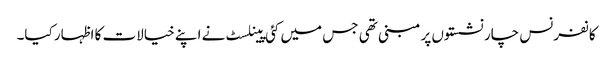
کانفرنس چار نشستوں پر مبنی تھی جس میں کئی پینلسٹ نے اپنے خیالات کا اظہار کیا۔